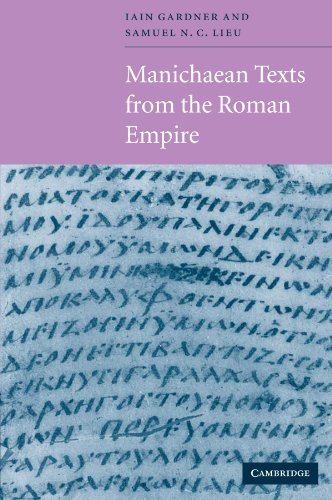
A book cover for Manichaean Texts from the Roman Empire; Literature & Fiction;